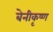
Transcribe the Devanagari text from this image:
बेनीकृष्ण